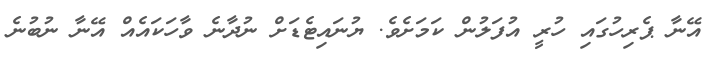
އޭނާ ޕެރިހުގައި ހުރީ އުފަލުން ކަމަށެވެ. ޔުނައިޓެޑަށް ނުދާނެ ވާހަކައެއް އޭނާ ނުބުނެ